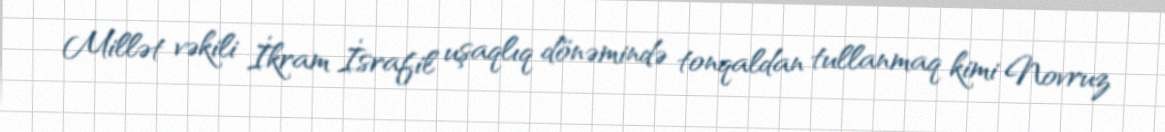
Millət vəkili İkram İsrafil uşaqlıq dönəmində tonqaldan tullanmaq kimi Novruz